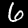
Digit: 6